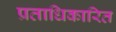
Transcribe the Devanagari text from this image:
प्रताधिकारित